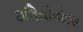
ઇલિયોનોઇસ